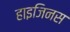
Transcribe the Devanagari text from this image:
हाइजिनस